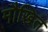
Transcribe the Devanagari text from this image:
मौखित